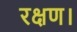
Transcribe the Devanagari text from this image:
रक्षण।